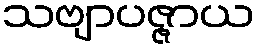
သဗျာပဇ္ဇာယ